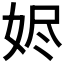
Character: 𮱁